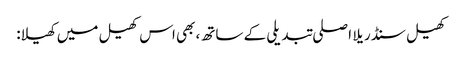
کھیل سنڈریلا اصلی تبدیلی کے ساتھ، بھی اس کھیل میں کھیلا: